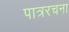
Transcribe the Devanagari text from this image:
पात्ररचना